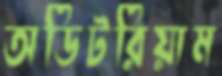
অডিটরিয়াম